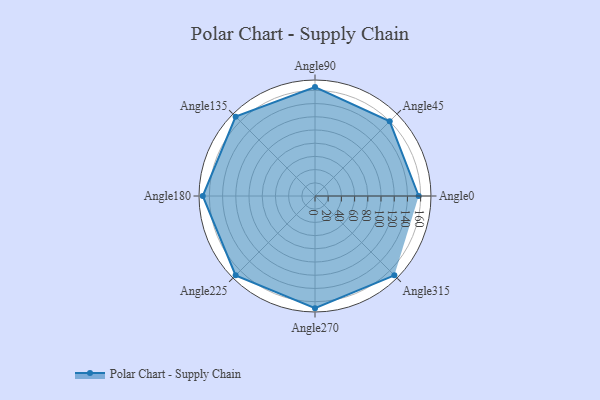
{"axis": {"x": "Angle", "y": "Radius"}, "legend": [""], "data": [{"x": "Angle0", "y": 157.0, "type": ""}, {"x": "Angle45", "y": 160.0, "type": ""}, {"x": "Angle90", "y": 165.0, "type": ""}, {"x": "Angle135", "y": 170, "type": ""}, {"x": "Angle180", "y": 170, "type": ""}, {"x": "Angle225", "y": 170, "type": ""}, {"x": "Angle270", "y": 170, "type": ""}, {"x": "Angle315", "y": 170, "type": ""}]}